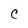
Character: C